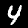
Label: 4